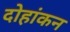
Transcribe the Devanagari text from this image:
दोहांकन